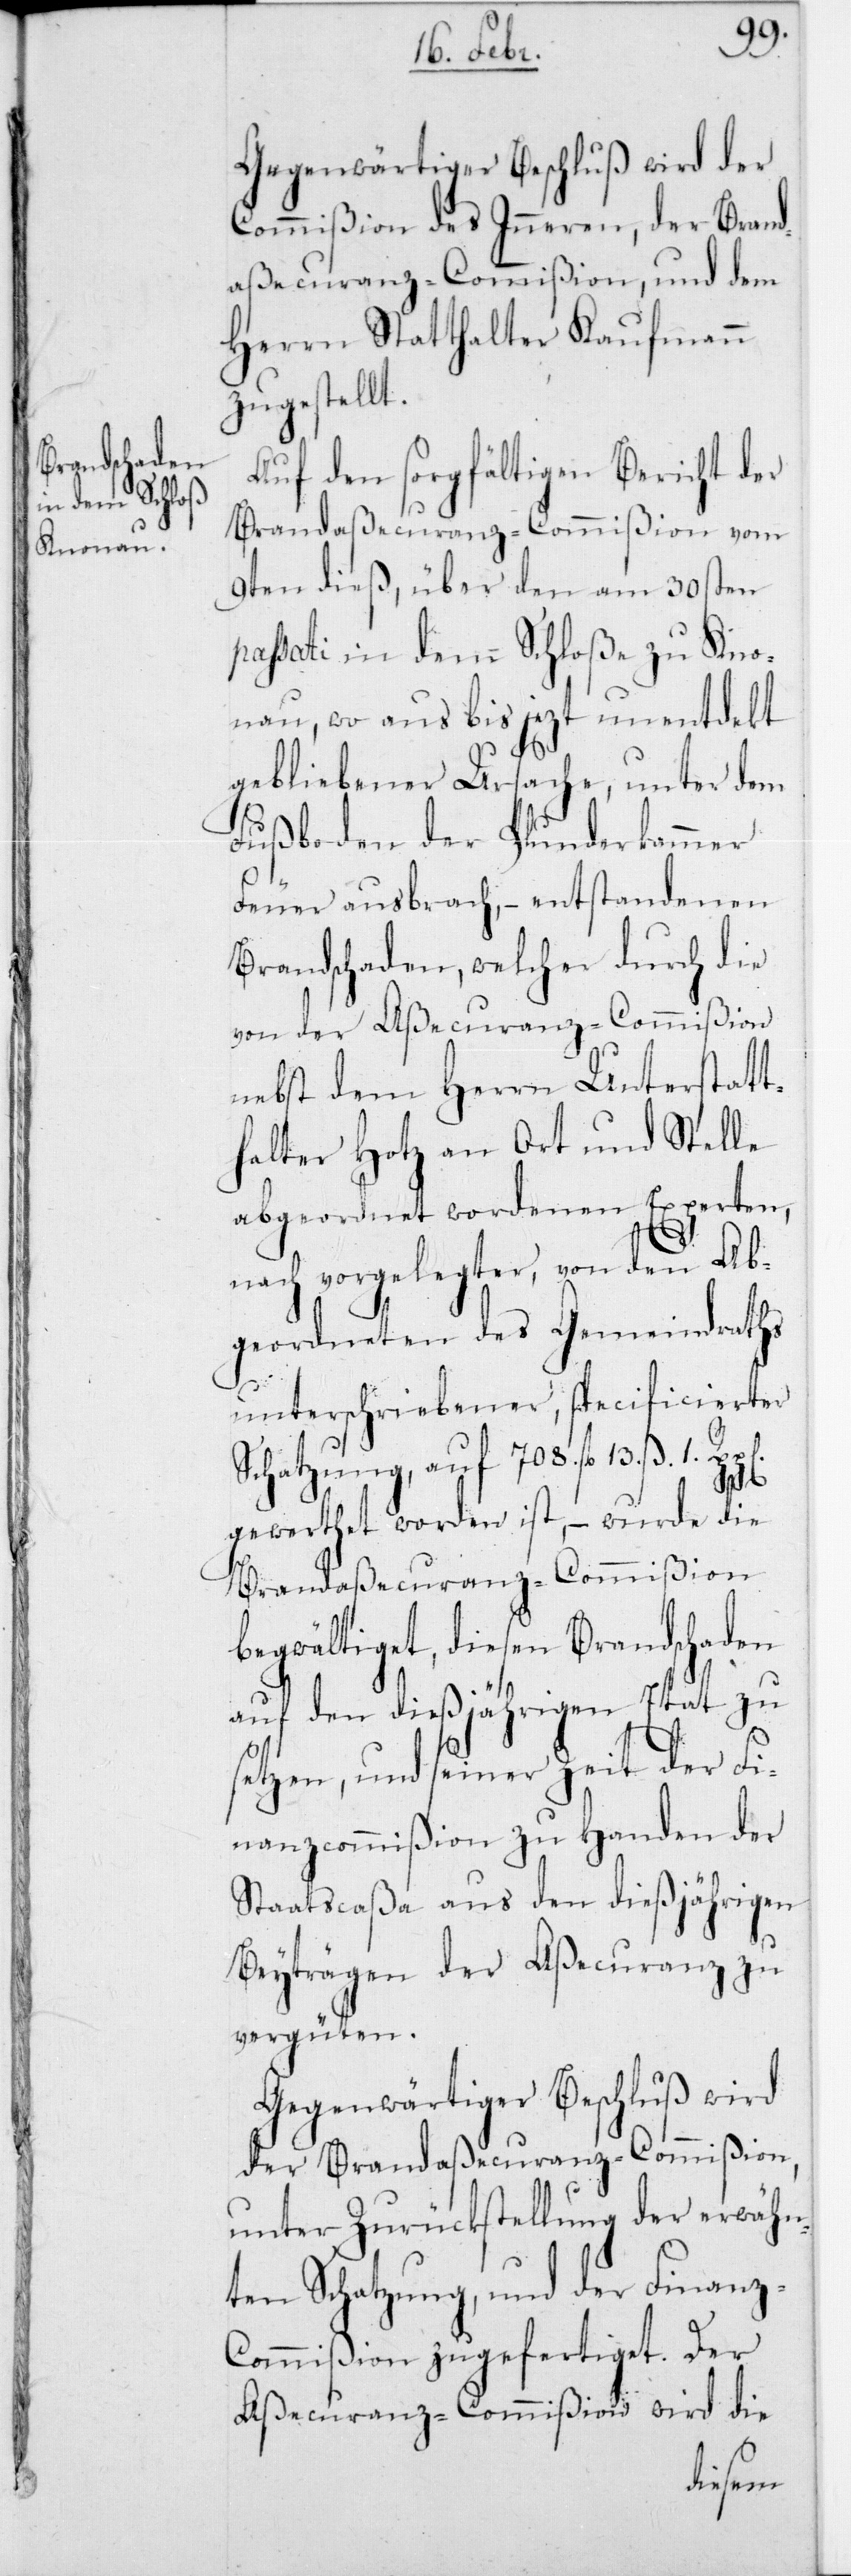
Gegenwärtiger Beschluß wird der
Commißion des Innern, der Brand¬
assecuranz-Commißion, und dem
Herrn Statthalter Kaufmann
zugestellt.
Auf den sorgfältigen Bericht der
Brandaßecuranz-Commißion vom
9ten dieß, über den am 30sten
passati in dem Schloße zu Kno¬
nau, wo aus bis jetzt unentdekt
gebliebener Ursache, unter dem
Fußboden der Plunderkammer
Feuer ausbrach, – entstandenen
Brandschaden, welcher durch die
von der Aßecuranz-Commißion
nebst dem Herrn Unterstatt¬
halter Hotz an Ort und Stelle
abgeordnet wordenen Experten,
nach vorgelegter, von den Ab¬
geordneten des Gemeindraths
unterschriebener, specificierter
Schatzung, auf 708 fl.13 ß 1
gewerthet worden ist, – wurde die
Brandaßecuranz-Commißion
begwältiget, diesen Brandschaden
auf den dießjährigen Etat zu
setzen, und seiner Zeit der Fi¬
nanzcommißion zu Handen der
Staatscaßa aus den dießjährigen
Beiträgen der Assecuranz zu
vergüten.
Gegenwärtiger Beschluß wird
der Brandassecuranz-Commißion,
unter Zurückstellung der erwähn¬
ten Schatzung, und der Finanz-C¬
ommißion zugefertiget. Der
Aßecuranz-Commißion wird die